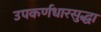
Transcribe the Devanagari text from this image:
उपकर्णधारसुद्धा